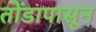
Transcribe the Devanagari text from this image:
तोंडापासून